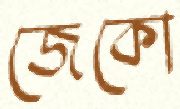
জেকো